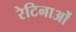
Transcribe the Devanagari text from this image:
रेटिनाओं